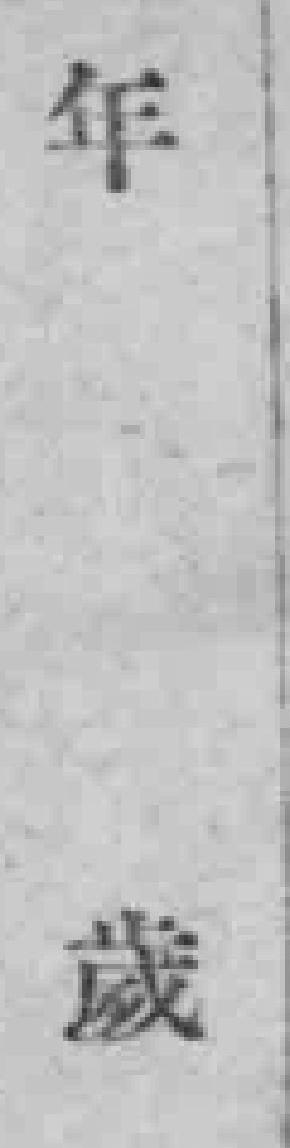
年歲